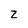
Character: Z